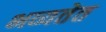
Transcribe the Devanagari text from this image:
भव्यतेत